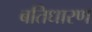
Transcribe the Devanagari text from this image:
बतिधारण